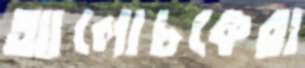
আলোচকেরা